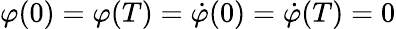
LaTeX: \varphi(0)=\varphi(T)=\dot{\varphi}(0)=\dot{\varphi}(T)=0